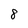
Character: 8